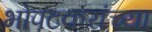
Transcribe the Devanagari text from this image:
भोपटकरांच्या